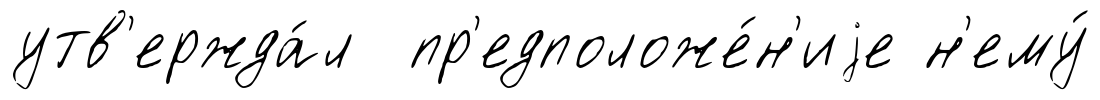
утв'ержда́л пр'едположе́н'иjе н'ему́